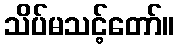
သိပ်မသင့်တော်။